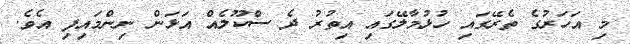
މި އަހަރުގެ ތެރޭގައި ހުޅުމާލޭގައި އިތުރު ދެ ސްކޫލެއް އަޅަން ނިންމައިފި އެވެ.